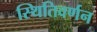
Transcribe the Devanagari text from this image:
स्थितिवर्णन